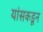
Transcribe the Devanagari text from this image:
यांसकडून